Investigations into the jail dietaries of the United Provinces with some observations on the influence of dietary on the physical development and well-being of the people of the United Provinces - Number 48
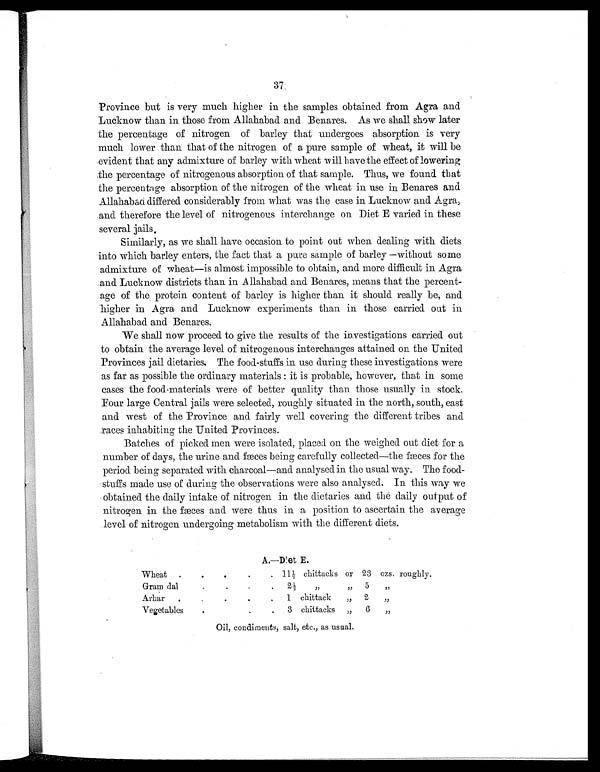
37
Province but is very much higher in the samples obtained from Agra and
Lucknow than in those from Allahabad and Benares. As we shall show later
the percentage of nitrogen of barley that undergoes absorption is very
much lower than that of the nitrogen of a pure sample of wheat, it will be
evident that any admixture of barley with wheat will have the effect of lowering
the percentage of nitrogenous absorption of that sample. Thus, we found that
the percentage absorption of the nitrogen of the wheat in use in Benares and
Allahabad differed considerably from what was the case in Lucknow and Agra,
and therefore the level of nitrogenous interchange on Diet E varied in these
several jails.
Similarly, as we shall have occasion to point out when dealing with diets
into which barley enters, the fact that a pure sample of barley —without some
admixture of wheat—is almost impossible to obtain, and more difficult in Agra
and Lucknow districts than in Allahabad and Benares, means that the percent-
age of the protein content of barley is higher than it should really be, and
higher in Agra and Lucknow experiments than in those carried out in
Allahabad and Benares.
We shall now proceed to give the results of the investigations carried out
to obtain the average level of nitrogenous interchanges attained on the United
Provinces jail dietaries. The food-stuffs in use during these investigations were
as far as possible the ordinary materials: it is probable, however, that in some
cases the food-materials were of better quality than those usually in stock.
Four large Central jails were selected, roughly situated in the north, south, east
and west of the Province and fairly well covering the different tribes and
races inhabiting the United Provinces.
Batches of picked men were isolated, placed on the weighed out diet for a
number of days, the urine and fæces being carefully collected—the fæces for the
period being separated with charcoal—and analysed in the usual way. The food-
stuffs made use of during the observations were also analysed. In this way we
obtained the daily intake of nitrogen in the dietaries and the daily output of
nitrogen in the fæces and were thus in a position to ascertain the average
level of nitrogen undergoing metabolism with the different diets.
A.—Diet E.
Wheat .
.
.
. . 11½ chittacks or 2 3 ozs. roughly.
Gram dal
.
.
.
.
2½ „ „ 5 „
Arhar
. .
.
. . 1 chittack „ 2 „
Vegetables
.
.
. . 3 chittacks „ 6 „
Oil, condiments, salt, etc., as usual.